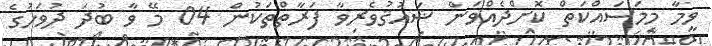
ވީމާ މިމަސައްކަތް ކޮށްދެއްވަން ޝައުޤުވެރިވާ ފަރާތްތަކުން 04 މޭ ވާ ބުދަ ދުވަހުގެ